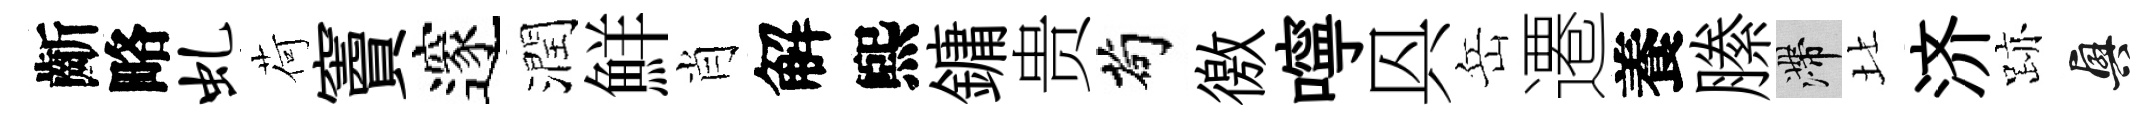
齗略虬荷竇邃潤鮮肖解煕鏞贵茍徼嚀㒷岳遷養縢滯北济跡興